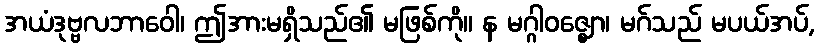
အယံဒုဗ္ဗလဘာဝေါ၊ ဤအားမရှိသည်၏ မဖြစ်ကို။ န မဂ္ဂါဝဇ္ဈော၊ မဂ်သည် မပယ်အပ်,